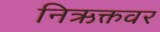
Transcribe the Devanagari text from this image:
निऋक्तवर